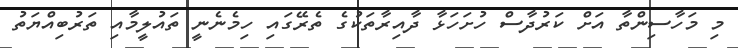
މި މަހާސިންތާ އަށް ކަރުދާސް ހުށަހަޅާ ދާއިރާތަކުގެ ތެރޭގައި ހިމެނެނީ ތައުލީމާއި ތަރުބިއްޔަތު